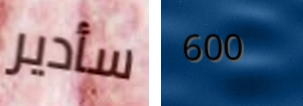
سأدير 600